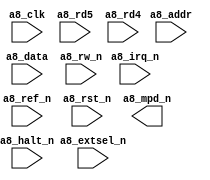

// Efinity Top-level template
// Version: 2020.2.299.4.5

// Copyright (C) 2017 - 2020 Efinix Inc. All rights reserved.

// This file may be used as a starting point for Efinity synthesis top-level target.
// The port list here matches what is expected by Efinity constraint files generated
// by the Efinity Interface Designer.

// To use this:
//     #1)  Save this file with a different name to a different directory, where source files are kept.
//              Example: you may wish to save as /home/simon/src/verilog/pixl/pixl.v
//     #2)  Add the newly saved file into Efinity project as design file
//     #3)  Edit the top level entity in Efinity project to:  pixl
//     #4)  Insert design content.


module pixl
(
  input [15:0] a8_addr,
  input a8_clk,
  input [7:0] a8_data,
  input a8_extsel_n,
  input a8_halt_n,
  input a8_irq_n,
  input a8_rd5,
  input a8_ref_n,
  input a8_rst_n,
  input a8_rw_n,
  input a8_rd4,
  output a8_mpd_n
);


endmodule